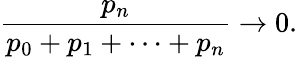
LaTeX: {\frac{p_{n}}{p_{0}+p_{1}+\cdots+p_{n}}}\rightarrow 0.